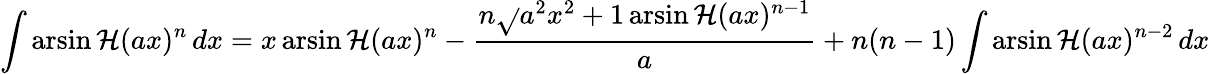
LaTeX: \int\operatorname{arsin\mathcal{H}}(ax)^{n}\, dx=x\operatorname{arsin\mathcal{H}}(ax)^{n}-{\frac{{n{\sqrt{}{{a^{2}x^{2}+1}}}\operatorname{arsin\mathcal{H}}(ax)^{n-1}}}{{a}}}+n(n-1)\int\operatorname{arsin\mathcal{H}}(ax)^{n-2}\, dx